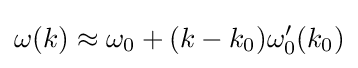
\omega (k)\approx \omega _{0}+(k-k_{0})\omega '_{0}(k_{0})